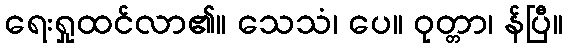
ရေးရှုထင်လာ၏။ သေသံ၊ ပေ။ ဝုတ္တာ၊ န်ပြီ။